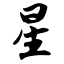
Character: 星